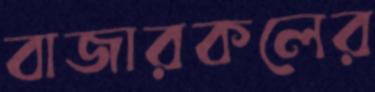
বাজারকলের